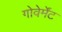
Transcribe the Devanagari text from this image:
गोवेर्मेंट